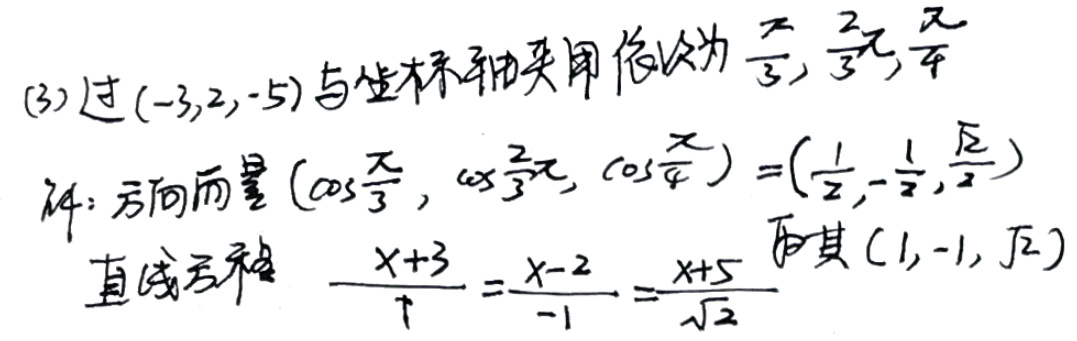
(3) 过\((-3,2,-5)\)与坐标轴夹角依次为\(\frac{\pi}{3},\frac{2\pi}{3},\frac{\pi}{4}\)

解：方向向量\((\cos\frac{\pi}{3},\cos\frac{2\pi}{3},\cos\frac{\pi}{4}) = (\frac{1}{2},-\frac{1}{2},\frac{\sqrt{2}}{2})\)

直线方程\(\frac{x + 3}{1}=\frac{x - 2}{-1}=\frac{x + 5}{\sqrt{2}}\) （注：这里直线方程等号左边第二个\(x\)应为\(y\)）

其\((1,-1,\sqrt{2})\)

上述内容用LaTeX格式呈现如下：

(3) 过\((-3,2,-5)\)与坐标轴夹角依次为\(\frac{\pi}{3},\frac{2\pi}{3},\frac{\pi}{4}\)

解：方向向量\((\cos\frac{\pi}{3},\cos\frac{2\pi}{3},\cos\frac{\pi}{4}) = (\frac{1}{2},-\frac{1}{2},\frac{\sqrt{2}}{2})\)

直线方程\(\frac{x + 3}{1}=\frac{y - 2}{-1}=\frac{z + 5}{\sqrt{2}}\)

其\((1,-1,\sqrt{2})\)